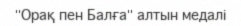
"Орақ пен Балға" алтын медалі